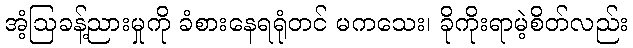
အံ့ဩခန့်ညားမှုကို ခံစားနေရရုံတင် မကသေး၊ ခိုကိုးရာမဲ့စိတ်လည်း